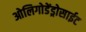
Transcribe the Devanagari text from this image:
ओलिगोडेंड्रोसाईट